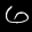
Label: 6